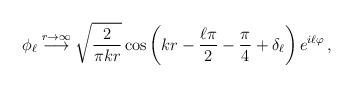
LaTeX: \begin{align*}\phi_{\ell}\stackrel{r\rightarrow\infty}{\longrightarrow}\sqrt{\frac{2}{\pi kr}}\cos\left(kr-\frac{\ell\pi}{2}-\frac{\pi}{4}+\delta_{\ell}\right) e^{i\ell\varphi}\, ,\end{align*}